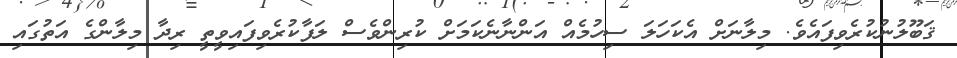
ޤަބޫލުނުކުރެވިފައެވެ. މިލާނަށް އެކަހަލަ ސިހުމެއް އަންނާނެކަމަށް ކުރިންވެސް ލަފާކުރެވިފައިވީތީ ރިދާ މިލާންގެ އަތުގައި